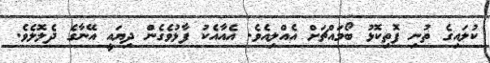
ކުލައިގެ ތުނި ފޮތިކޮޅު ބޯމައްޗަށް އެއްލިއެވެ. އެއާއެކު ފާޅުވެގެން ދިޔައީ އޭނާގެ ދެލޮލެވެ.